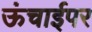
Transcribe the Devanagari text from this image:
ऊंचाईपर